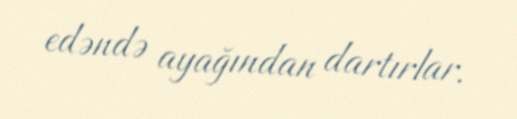
edəndə ayağından dartırlar.